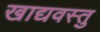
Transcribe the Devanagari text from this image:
खाद्यवस्तु